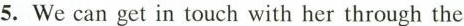
5.We can get in touch with her through the